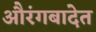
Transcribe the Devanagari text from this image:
औरंगबादेत